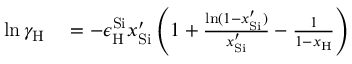
\begin{array} { r l } { \ln { \gamma _ { \mathrm { { H } } } } } & { { } = - \epsilon _ { \mathrm { { H } } } ^ { \mathrm { { S i } } } { x _ { \mathrm { { S i } } } ^ { \prime } } \left( { 1 + \frac { { \ln ( 1 - { x _ { \mathrm { { S i } } } ^ { \prime } } ) } } { { { x _ { \mathrm { { S i } } } ^ { \prime } } } } - \frac { 1 } { { 1 - { x _ { \mathrm { { H } } } } } } } \right) } \end{array}